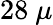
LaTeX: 28~\mu